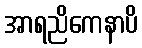
အာရညိကေနာပိ